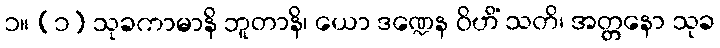
၁။ (၁) သုခကာမာနိ ဘူတာနိ၊ ယော ဒဏ္ဍေန ဝိဟိံ သတိ၊ အတ္တနော သုခ